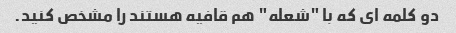
دو کلمه ای که با "شعله" هم قافیه هستند را مشخص کنید.